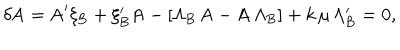
\delta \mathrm { A } = \mathrm { A } ^ { \prime } \xi _ { \mathrm { B } } + \xi _ { \mathrm { B } } ^ { \prime } \mathrm { A } - [ \Lambda _ { \mathrm { B } } \, \mathrm { A } - \mathrm { A \, } \Lambda _ { \mathrm { B } } ] + k \, \mu \, \Lambda _ { \mathrm { B } } ^ { \prime } = 0 ,